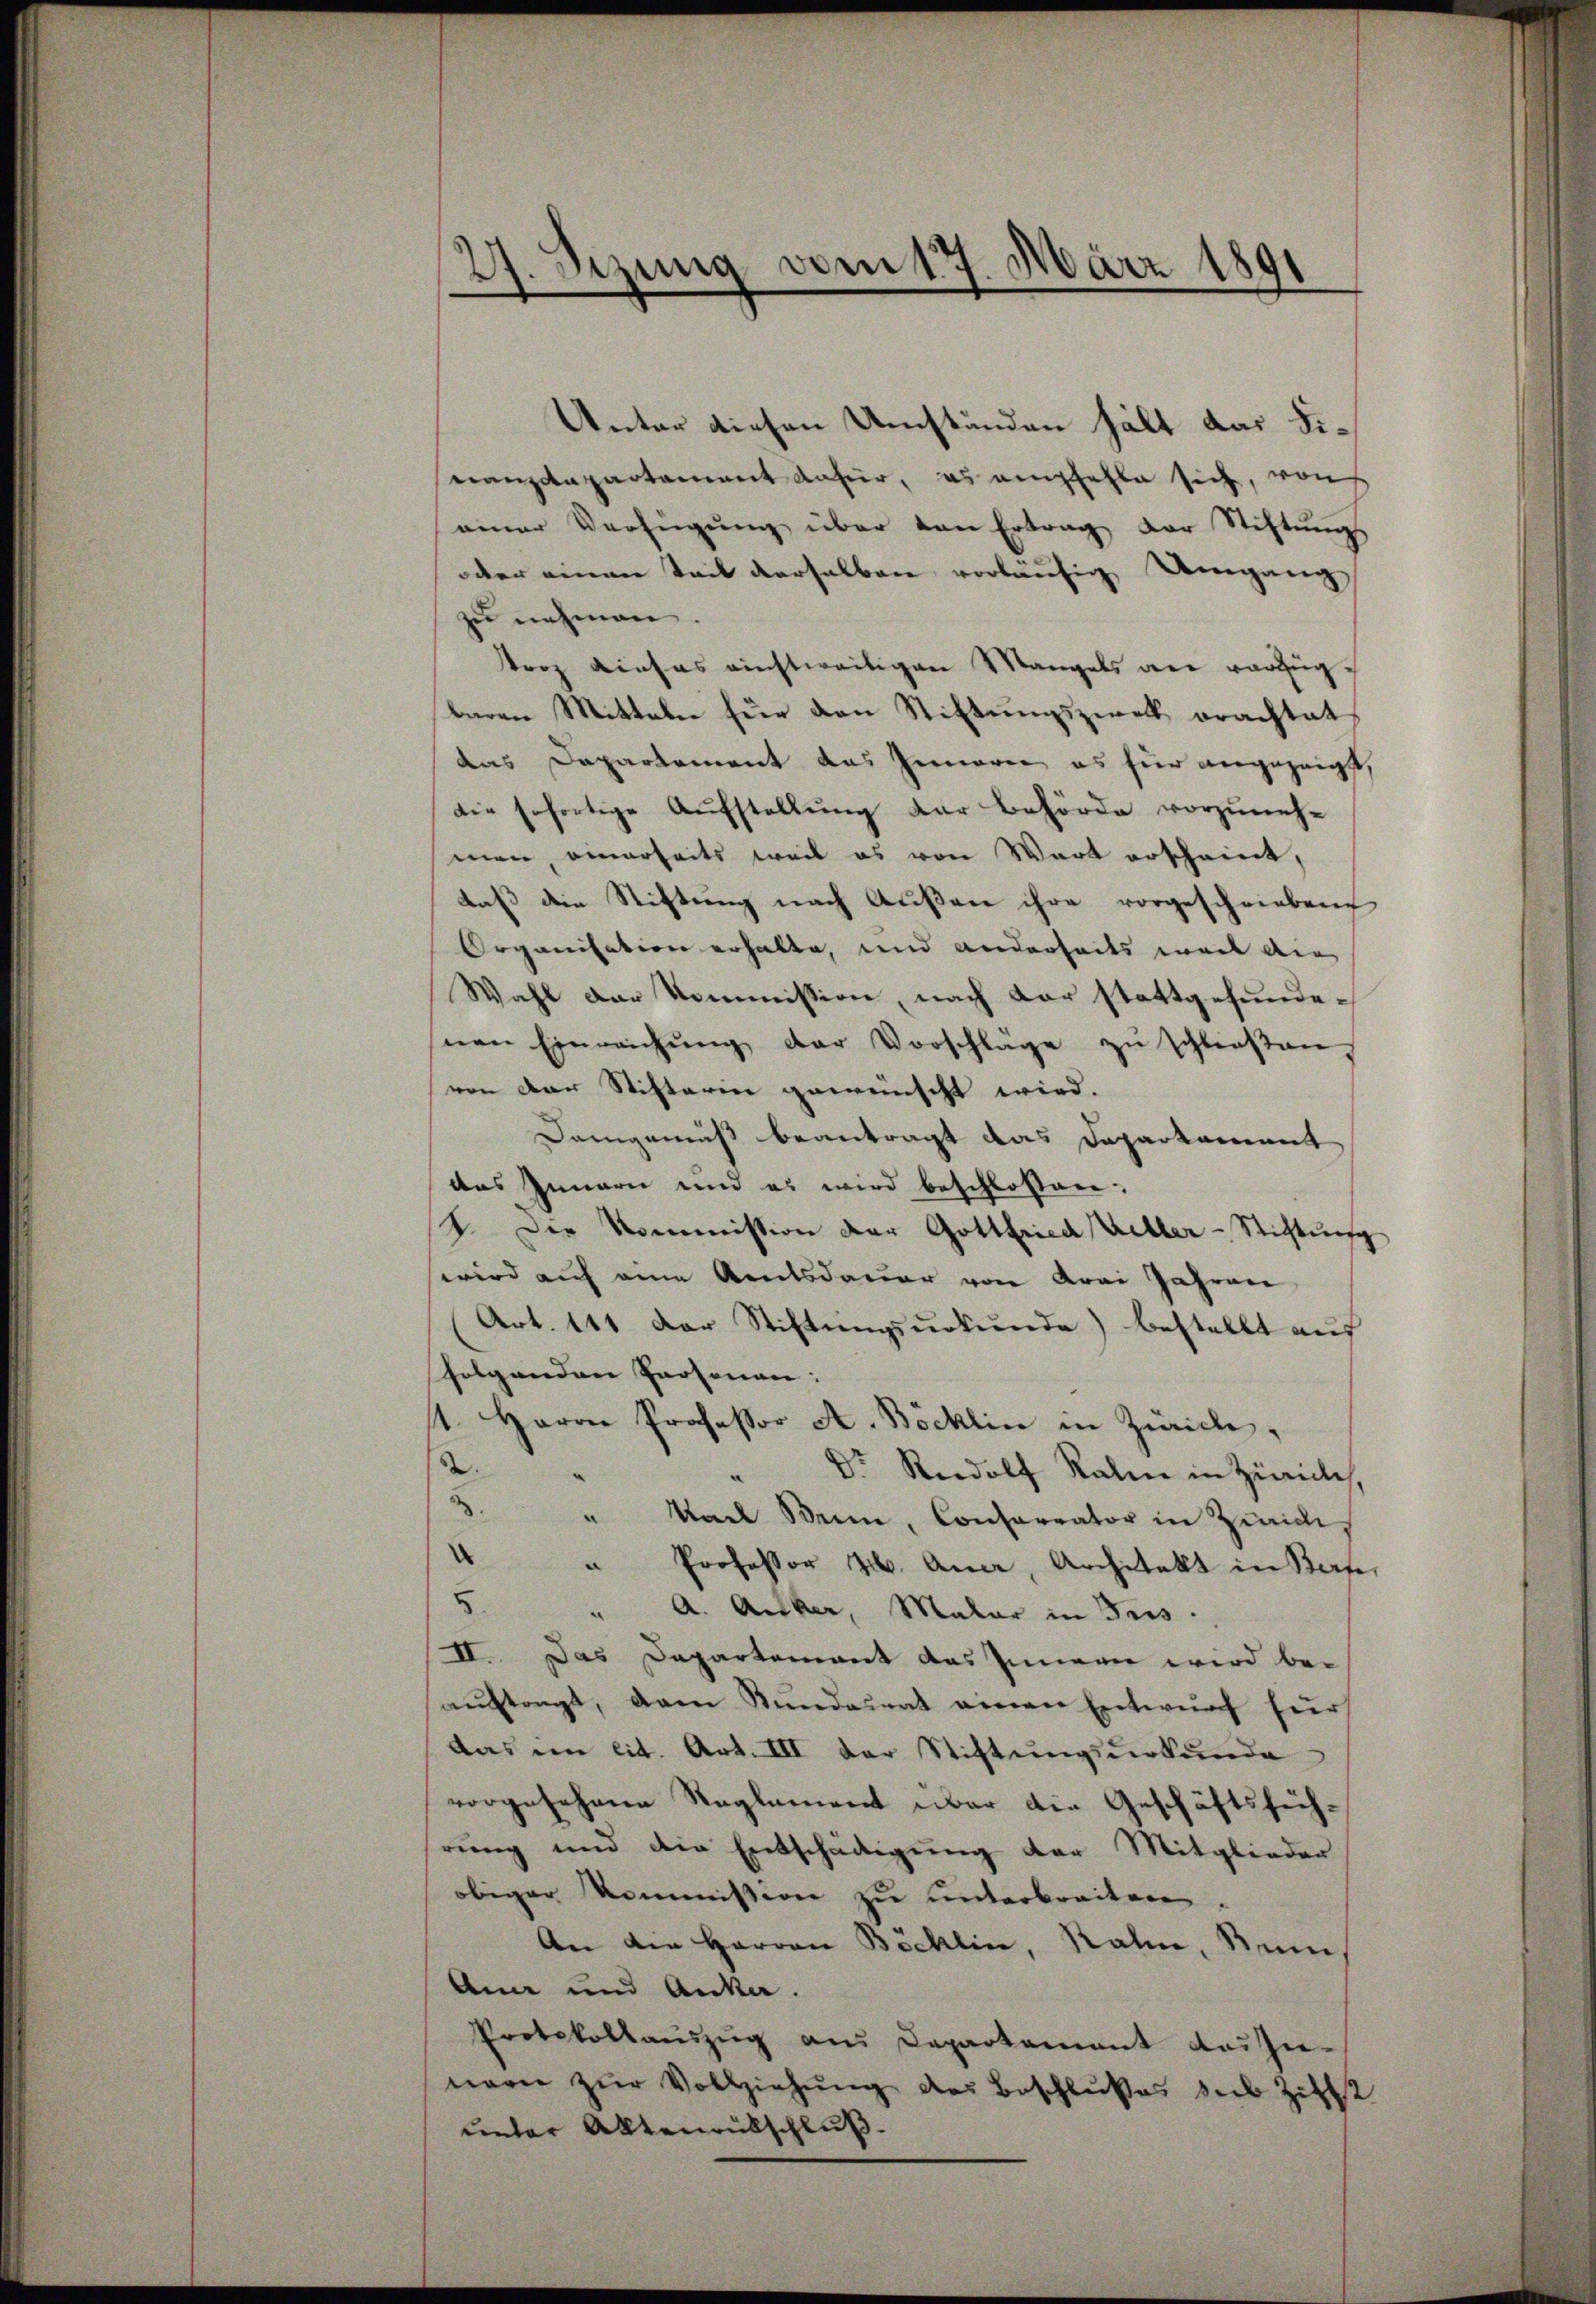
27. Sezung vom 17. März 1891

Unter diesen Umständen hält das Finanzdepartament dafür, es empfehle sich, von
einer Verfügŭng über von Ertrag der Stiftŭngs
oder einen Teil derselben vorläufig Umgang
zu nehmen.
rop dieses einstweiligen Mangels an vorzüg¬
Baron Mitteln für den Stiftungszweck erachtet
das Departement das Inneren es für angezeigt,
die sofortige Aŭfstellŭng der Behörde vorzŭneh-
men, einerseits weil es von Wart erscheint,
daß die Stiftung nach Außer ihre vorgeschriebene
Organisation erhalte, und anderheits wart die
Wahl der Kommission, nach der stattgefundenen Einreichŭng der Vorschläge zŭ schloßen,
von der Stifterin geweinscht wird.
Demgemäß beantragt das Departament
das Innern und es wird beschlossen:
1. Die Kommission der Gottfried Keller-Stiftung
wird auf eine Amtsdauer von Krei Jahren
Art. 141 der Stiftungsurkunde) bestellt auf
folgenden Personen:
1. Herrn Professor A. Böcklin in Zürich,
.
Dr. Rudolf Kalen in Zürich,
x
.
" Karl Wein, Conferrator in Zürich
.
" Professor H. Aner, Architekt in Bern,
8.
" A. Acker, Maler in Tus.
II. Das Departement das Innern wird be-
aŭftragt, dan Stŭndesrat einen Entwŭrf für
Das im cit. Art. III der Stiftungsurkunde
vorgesehene Reglement aber die Geschäftsführung und die Entschädigung der Mitglieder
obiger Kommission zŭ ŭnterbreiten.
An die Herren Bocklin, Rahn, Sinn
An und Anka
Protokollauszug aus Departamant auszu-
nare zŭr Vollziehŭng des Beschlußes sub Zieht
unter Aktenrütschluß.